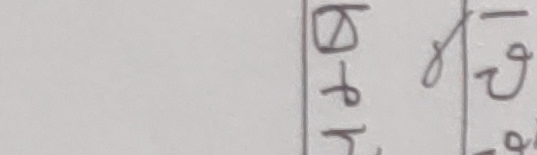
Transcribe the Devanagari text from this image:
ब
र
ब
y
व